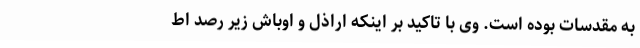
به مقدسات بوده است. وی با تاکید بر اینکه اراذل و اوباش زیر رصد اط